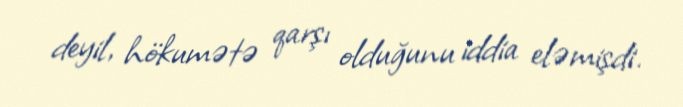
deyil, hökumətə qarşı olduğunu iddia eləmişdi.